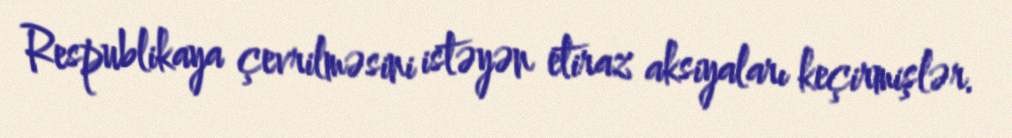
Respublikaya çevrilməsini istəyən etiraz aksiyaları keçirmişlər.